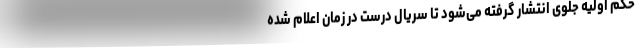
حکم اولیه جلوی انتشار گرفته می‌شود تا سریال درست در زمان اعلام شده